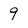
Character: 9